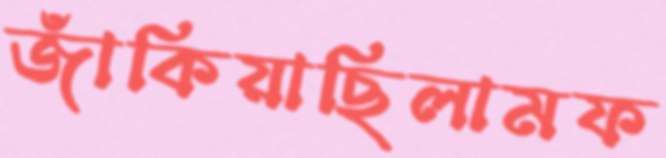
জাঁকিয়াছিলামফ